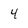
Character: 4